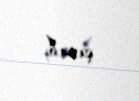
çıxıb.